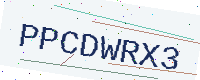
Text: PPCDWRX3